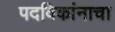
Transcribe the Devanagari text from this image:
पदविकांनाचा